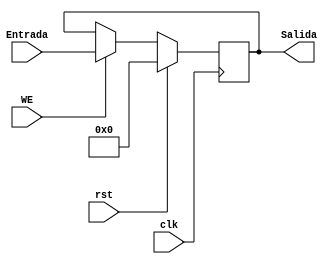
module bitsReg32 #(parameter ANCHO=32)(
    input [ANCHO-1:0] Entrada,
    input WE,rst,clk,
    output reg [ANCHO-1:0] Salida
);
always @(posedge clk) begin
if (rst) Salida=0;
else if (WE) Salida=Entrada;
end
endmodule